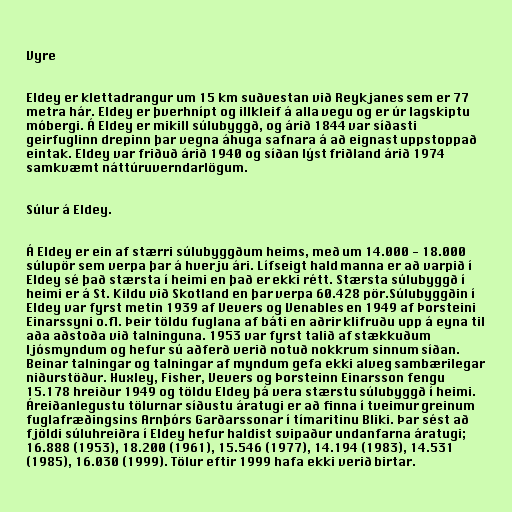
Vyre

Eldey er klettadrangur um 15 km suðvestan við Reykjanes sem er 77
metra hár. Eldey er þverhnípt og illkleif á alla vegu og er úr lagskiptu
móbergi. Á Eldey er mikill súlubyggð, og árið 1844 var síðasti
geirfuglinn drepinn þar vegna áhuga safnara á að eignast uppstoppað
eintak. Eldey var friðuð árið 1940 og síðan lýst friðland árið 1974
samkvæmt náttúruverndarlögum.

Súlur á Eldey.

Á Eldey er ein af stærri súlubyggðum heims, með um 14.000 - 18.000
súlupör sem verpa þar á hverju ári. Lífseigt hald manna er að varpið í
Eldey sé það stærsta í heimi en það er ekki rétt. Stærsta súlubyggð í
heimi er á St. Kildu við Skotland en þar verpa 60.428 pör.Súlubyggðin í
Eldey var fyrst metin 1939 af Vevers og Venables en 1949 af Þorsteini
Einarssyni o.fl. Þeir töldu fuglana af báti en aðrir klifruðu upp á eyna til
aða aðstoða við talninguna. 1953 var fyrst talið af stækkuðum
ljósmyndum og hefur sú aðferð verið notuð nokkrum sinnum síðan.
Beinar talningar og talningar af myndum gefa ekki alveg sambærilegar
niðurstöður. Huxley, Fisher, Vevers og Þorsteinn Einarsson fengu
15.178 hreiður 1949 og töldu Eldey þá vera stærstu súlubyggð í heimi.
Áreiðanlegustu tölurnar síðustu áratugi er að finna í tveimur greinum
fuglafræðingsins Arnþórs Garðarssonar í tímaritinu Bliki. Þar sést að
fjöldi súluhreiðra í Eldey hefur haldist svipaður undanfarna áratugi;
16.888 (1953), 18.200 (1961), 15.546 (1977), 14.194 (1983), 14.531
(1985), 16.030 (1999). Tölur eftir 1999 hafa ekki verið birtar.